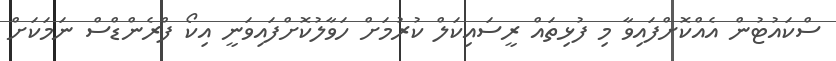
ސްކައުޓުން އެއްކޮށްފައިވާ މި ފުޅިތައް ރީސައިކަލް ކުރުމަށް ހަވާލުކޮށްފައިވަނީ އިކޯ ފްރެންޑްސް ނަމަކަށް